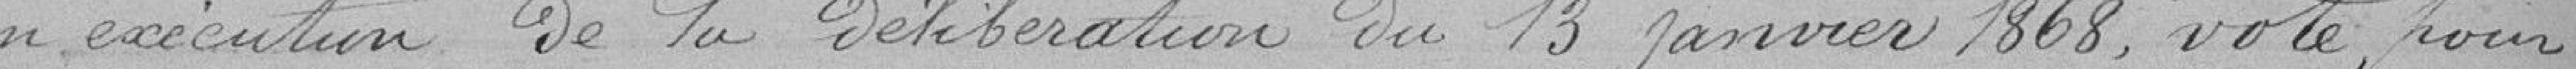
en exécution de la délibération du 13 janvier1868, vote pour